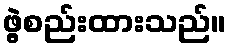
ဖွဲ့စည်းထားသည်။